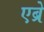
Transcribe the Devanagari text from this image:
एब्रे